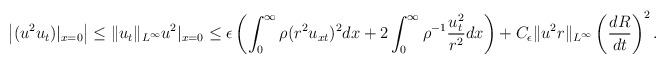
\begin{align*}\begin{aligned}\left|(u^2u_t)|_{x=0}\right|\leq\|u_t\|_{L^\infty}u^2|_{x=0}\leq\epsilon\left(\int_0^\infty\rho(r^2u_{xt})^2dx+2\int_0^\infty\rho^{-1}\frac{u_t^2}{r^2}dx\right)+C_\epsilon \|u^2r\|_{L^\infty}\left(\frac{dR}{dt}\right)^2.\end{aligned}\end{align*}